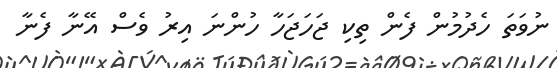
ނުވަތަ ހެދުމުން ފެން ތިކި ޖަހަޖަހާ ހުންނަ އިރު ވެސް އޭނާ ފެނާ